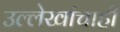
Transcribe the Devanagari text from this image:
उल्लेखांचाही